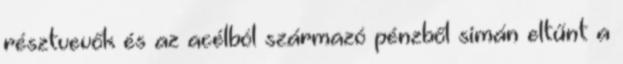
résztvevők és az acélból származó pénzből simán eltűnt a